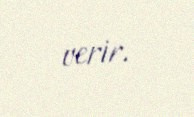
verir.